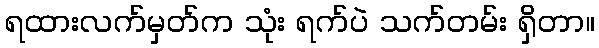
ရထားလက်မှတ်က သုံး ရက်ပဲ သက်တမ်း ရှိတာ။